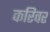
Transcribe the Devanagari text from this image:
करिवर